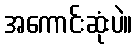
အကောင်းဆုံးပဲ။